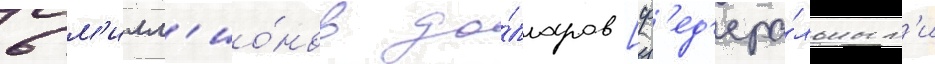
6 м'илл'ио́нов до́лларов [ф'ед'ера́льным'и